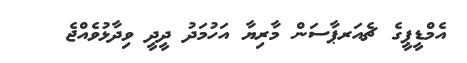
އެމްޑީޕީގެ ޗެއަރޕާސަން މާރިޔާ އަހުމަދު ދީދީ ވިދާޅުވެއްޖެ